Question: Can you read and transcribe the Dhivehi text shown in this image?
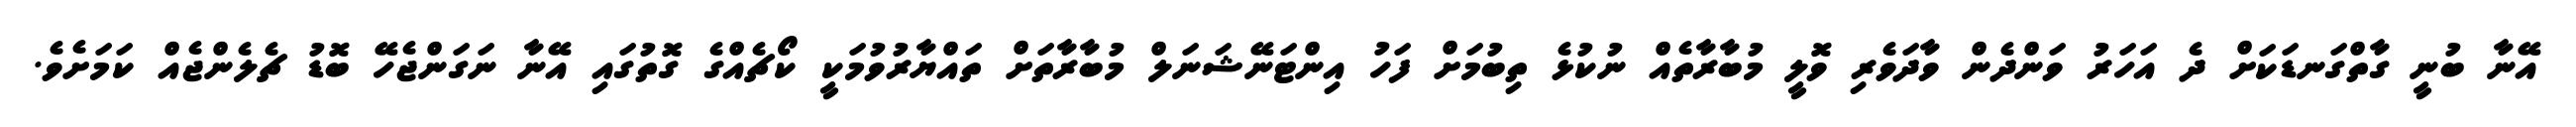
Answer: އޭނާ ބުނީ ގާތްގަނޑަކަށް ދެ އަހަރު ވަންދެން ވާދަވެރި ވޮލީ މުބާރާތެއް ނުކުޅެ ތިބުމަށް ފަހު އިންޓަނޭޝަނަލް މުބާރާތަށް ތައްޔާރުވުމަކީ ކޯޗެއްގެ ގޮތުގައި އޭނާ ނަގަންޖެހޭ ބޮޑު ޗެލެންޖެއް ކަމަށެވެ.